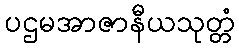
ပဌမအာဇာနီယသုတ္တံ